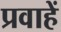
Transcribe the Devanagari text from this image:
प्रवाहें